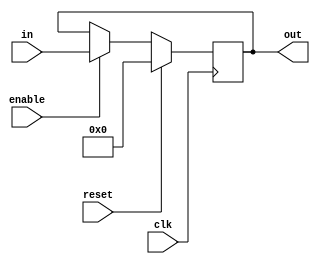
// See pc.v if looking for PC register
module Reg_Async_Reset_Enable (reset, enable, clk, in, out);

input reset, enable, clk;
input wire [31:0] in;
wire clk;

output reg [31:0] out;

always@(posedge clk)
    begin
    if (reset)
	out <= 0;
    else if (enable)
	out <= in;
    end

endmodule